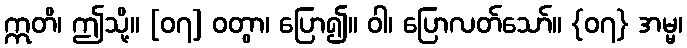
ဣတိ၊ ဤသို့။ [၀၇] ဝတွာ၊ ပြော၍။ ဝါ၊ ပြောလတ်သော်။ {၀၇} အမ္မ၊